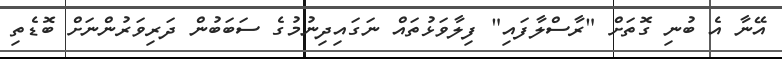
އޭނާ އެ ބުނި ގޮތަށް "ރާސްލާފައި" ފިލާވަޅުތައް ނަގައިދިނުމުގެ ސަބަބުން ދަރިވަރުންނަށް ބޮޑެތި